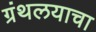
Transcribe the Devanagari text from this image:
ग्रंथलयाचा